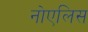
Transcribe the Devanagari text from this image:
नोएलिस